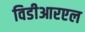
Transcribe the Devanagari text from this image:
विडीआरएल